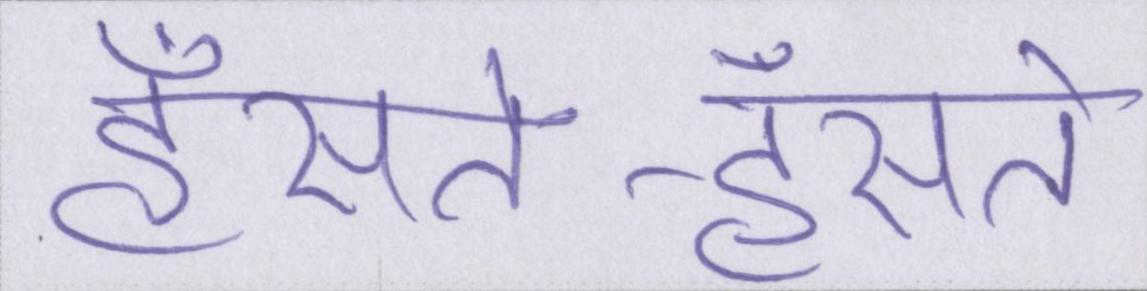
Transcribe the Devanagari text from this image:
हँसते-हँसते